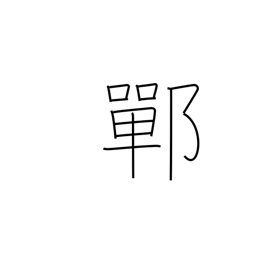
Meaning: place name